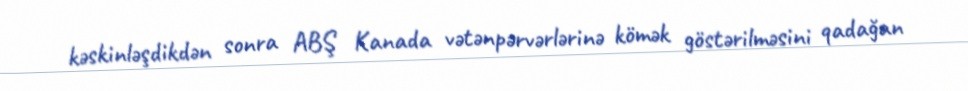
kəskinləşdikdən sonra ABŞ Kanada vətənpərvərlərinə kömək göstərilməsini qadağan